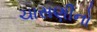
ચાસણીનો